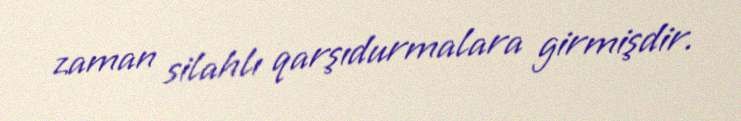
zaman silahlı qarşıdurmalara girmişdir.